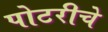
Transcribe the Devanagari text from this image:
पोटरीचे